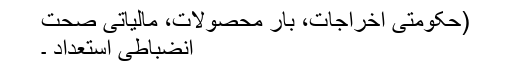
(حکومتی اخراجات، بارِ محصولات، مالیاتی صحت
انضباطی استعداد ۔